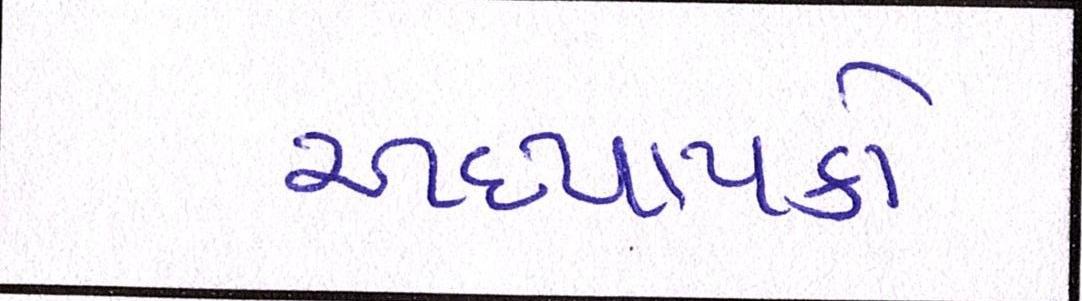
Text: અધ્યાપકો